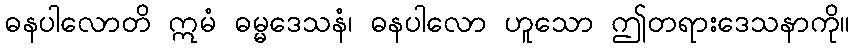
ဓနပါလောတိ ဣမံ ဓမ္မဒေသနံ၊ ဓနပါလော ဟူသော ဤတရားဒေသနာကို။